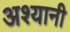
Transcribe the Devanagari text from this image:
अश्यानी